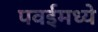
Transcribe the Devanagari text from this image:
पवईमध्ये